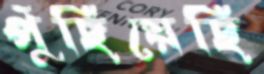
পুঁছিয়েছি